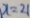
x = 2 1